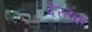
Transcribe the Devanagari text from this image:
देरतक